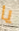
يا